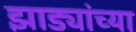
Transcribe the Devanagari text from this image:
झाड्यांच्या